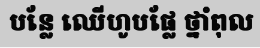
បន្លែ ឈើហូបផ្លែ ថ្នាំពុល